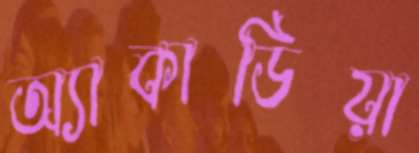
অ্যাকাডিয়া